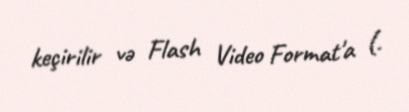
keçirilir və Flash Video Format'a (.